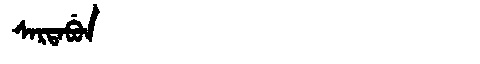
Manchu: ᠰᠠᡵᡨᠠᠪᡠᠨ
Romanization: SARTABUN